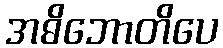
အဓိဘောတိပေ